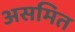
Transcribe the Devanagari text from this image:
असमित